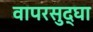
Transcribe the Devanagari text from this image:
वापरसुद्घा